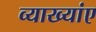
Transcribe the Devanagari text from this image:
व्याख्यांए